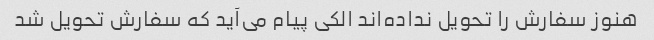
هنوز سفارش را تحویل نداده‌اند الکی پیام می‌آید که سفارش تحویل شد